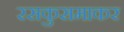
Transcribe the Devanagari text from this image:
रसकुसमाकर